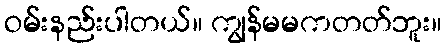
ဝမ်းနည်းပါတယ်။ ကျွန်မမကတတ်ဘူး။